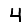
Digit: 4